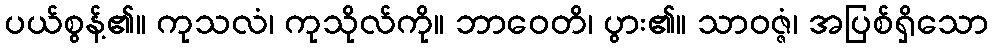
ပယ်စွန့်၏။ ကုသလံ၊ ကုသိုလ်ကို။ ဘာဝေတိ၊ ပွား၏။ သာဝဇ္ဇံ၊ အပြစ်ရှိသော